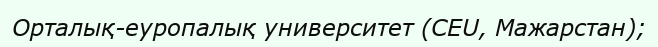
Орталық-еуропалық университет (CEU, Мажарстан);